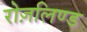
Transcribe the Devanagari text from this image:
रोज़लिण्ड